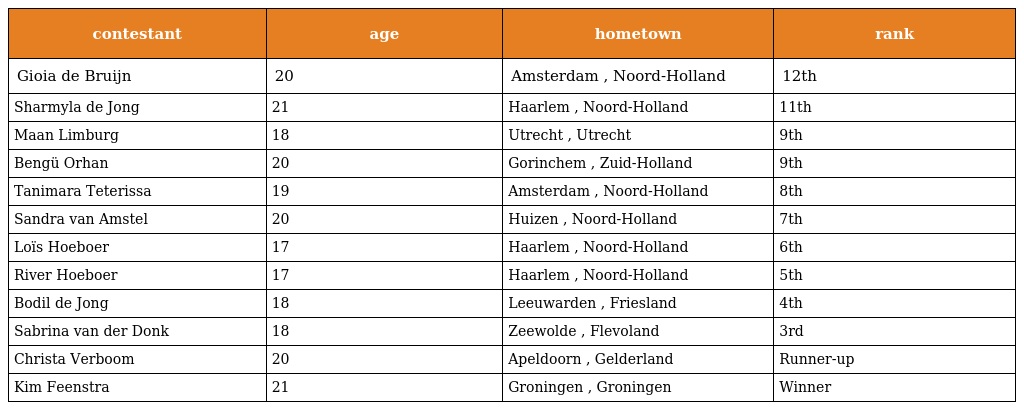
| contestant | age | hometown | rank |
 | --- | --- | --- | --- |
 | Gioia de Bruijn | 20 | Amsterdam , Noord-Holland | 12th |
 | Sharmyla de Jong | 21 | Haarlem , Noord-Holland | 11th |
 | Maan Limburg | 18 | Utrecht , Utrecht | 9th |
 | Bengü Orhan | 20 | Gorinchem , Zuid-Holland | 9th |
 | Tanimara Teterissa | 19 | Amsterdam , Noord-Holland | 8th |
 | Sandra van Amstel | 20 | Huizen , Noord-Holland | 7th |
 | Loïs Hoeboer | 17 | Haarlem , Noord-Holland | 6th |
 | River Hoeboer | 17 | Haarlem , Noord-Holland | 5th |
 | Bodil de Jong | 18 | Leeuwarden , Friesland | 4th |
 | Sabrina van der Donk | 18 | Zeewolde , Flevoland | 3rd |
 | Christa Verboom | 20 | Apeldoorn , Gelderland | Runner-up |
 | Kim Feenstra | 21 | Groningen , Groningen | Winner |